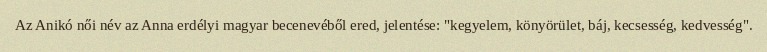
Az Anikó női név az Anna erdélyi magyar becenevéből ered, jelentése: "kegyelem, könyörület, báj, kecsesség, kedvesség".